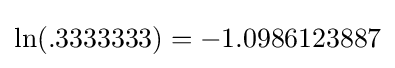
\ln(.3333333)=-1.0986123887